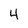
Character: 4